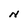
Character: N